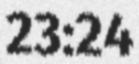
23:24